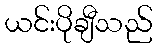
ယင်းပိုချီသည်